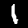
Label: 1